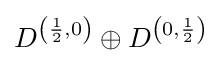
D^{\left({\frac {1}{2}},0\right)}\oplus D^{\left(0,{\frac {1}{2}}\right)}